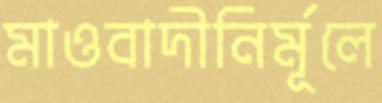
মাওবাদীনির্মূলে